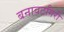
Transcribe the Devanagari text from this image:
बनावटगिरी